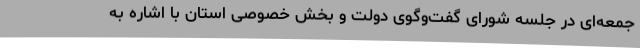
جمعه‌ای در جلسه شورای گفت‌وگوی دولت و بخش خصوصی استان با اشاره به